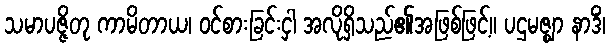
သမာပဇ္ဇိတု ကာမိတာယ၊ ဝင်စားခြင်းငှါ အလိုရှိသည်၏အဖြစ်ဖြင့်။ ပဌမဇ္ဈာ နာဒိံ၊